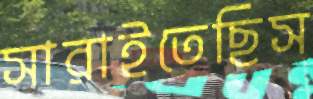
সারাইতেছিস